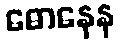
ဓောနေန